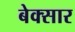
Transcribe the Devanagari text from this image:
बेक्सार